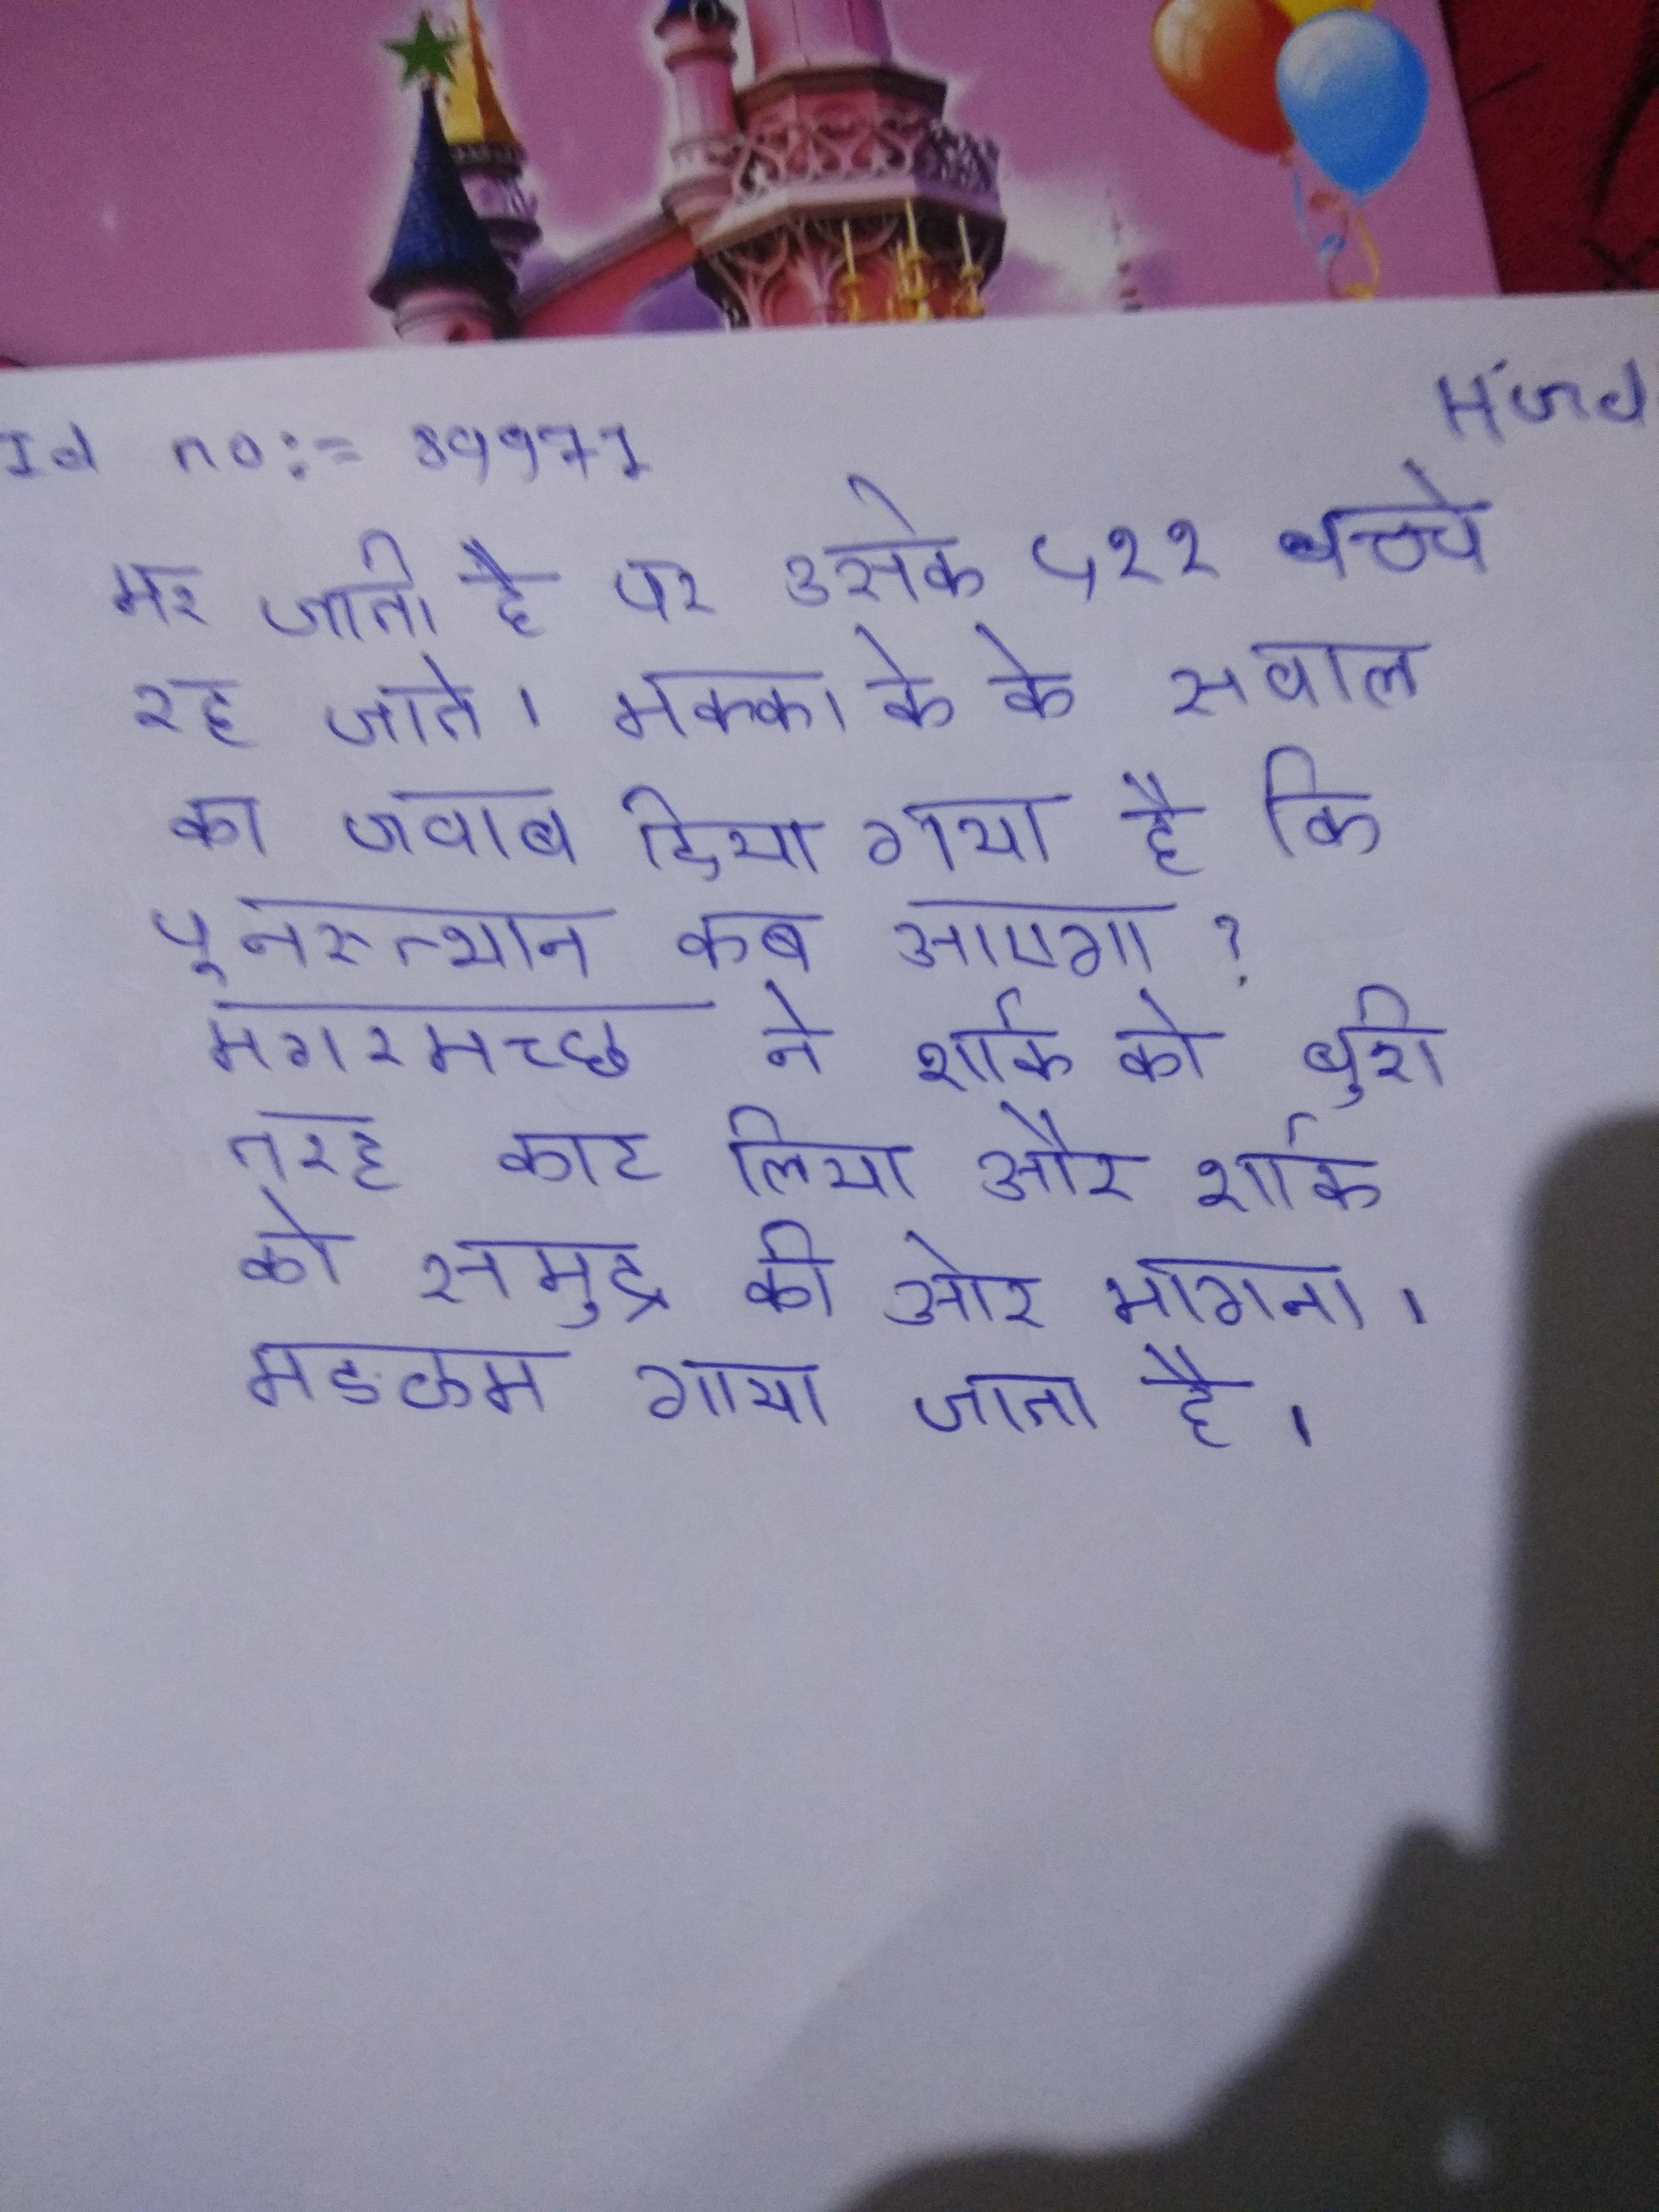
मर जाती है पर उसके ५११ बच्चे रह जाते । मक्का के के सवाल का जवाब दिया गया है कि पुनरुत्थान कब आएगा? मगरमच्छ ने शार्क को बुरी तरह काट लिया और शार्क को समुद्र की ओर भागना । मङळम गाया जाता है ।